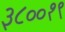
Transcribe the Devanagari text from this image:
३८००१९